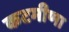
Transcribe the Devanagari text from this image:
कटमीणा